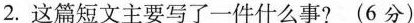
2.这篇短文主要写了一件什么事?(6分)